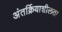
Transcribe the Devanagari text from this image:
अंतर्क्रियाशीलता